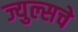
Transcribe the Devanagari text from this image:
ज्युल्सचे